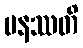
ပနဿတိ